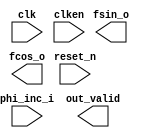

module dds_dsp (
	clk,
	clken,
	phi_inc_i,
	fsin_o,
	fcos_o,
	out_valid,
	reset_n);	

	input		clk;
	input		clken;
	input	[31:0]	phi_inc_i;
	output	[19:0]	fsin_o;
	output	[19:0]	fcos_o;
	output		out_valid;
	input		reset_n;
endmodule